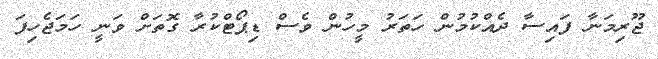
ޖޫރިމަނާ ފައިސާ ދެއްކުމުން ހަަތަރު މީހުން ވެސް ޑިޕޯޓްކުރާ ގޮތަށް ވަނީ ހަމަޖެހިފަ